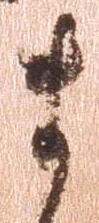
ま